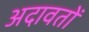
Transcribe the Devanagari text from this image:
अदावतों